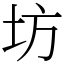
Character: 坊